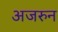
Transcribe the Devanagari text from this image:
अजरुन